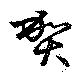
賀